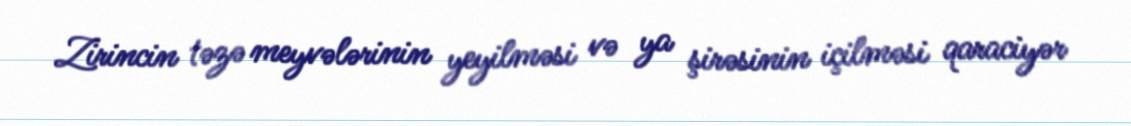
Zirincin təzə meyvələrinin yeyilməsi və ya şirəsinin içilməsi qaraciyər